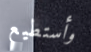
وأستطيع